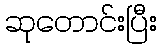
ဆုတောင်းပြီး